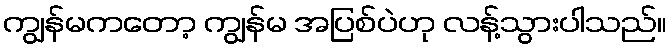
ကျွန်မကတော့ ကျွန်မ အပြစ်ပဲဟု လန့်သွားပါသည်။